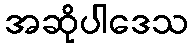
အဆိုပါဒေသ